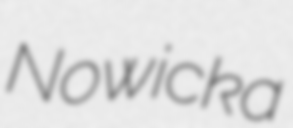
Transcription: Nowicka